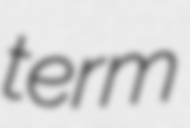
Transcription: term